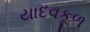
યાદવકૂળ